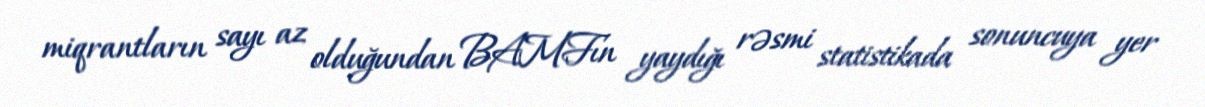
miqrantların sayı az olduğundan BAMFın yaydığı rəsmi statistikada sonuncuya yer